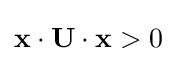
\mathbf {x} \cdot \mathbf {U} \cdot \mathbf {x} >0